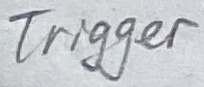
Text: Trigger